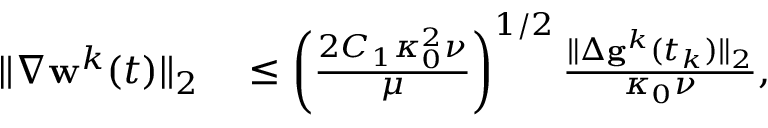
\begin{array} { r l } { \| \nabla \mathbf { w } ^ { k } ( t ) \| _ { 2 } } & { { } \leq \left( \frac { 2 C _ { 1 } \kappa _ { 0 } ^ { 2 } \nu } { \mu } \right) ^ { 1 / 2 } \frac { \| \Delta \mathbf { g } ^ { k } ( t _ { k } ) \| _ { 2 } } { \kappa _ { 0 } \nu } , } \end{array}